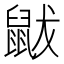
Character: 鼥